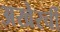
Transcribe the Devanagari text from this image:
अखेरचीं